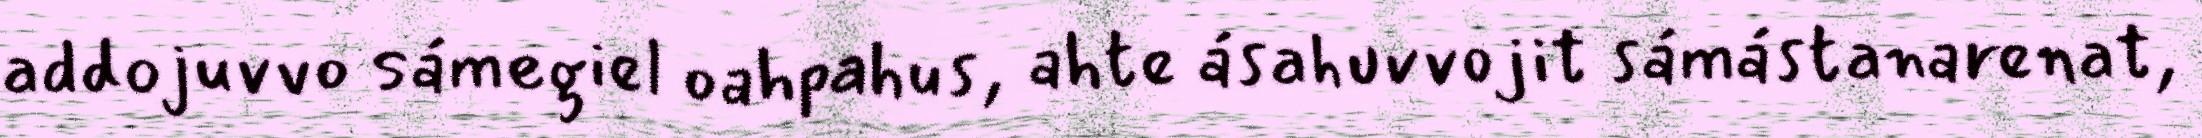
addojuvvo sámegiel oahpahus, ahte ásahuvvojit sámástanarenat,